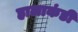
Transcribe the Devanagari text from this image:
हालाकंडी